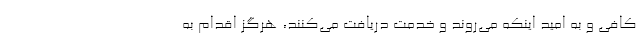
کافی و به امید اینکه می‌روند و خدمت دریافت می‌کنند، هرگز اقدام به